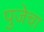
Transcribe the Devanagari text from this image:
पुजेचा